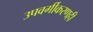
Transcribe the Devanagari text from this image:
उपवर्गीकरणही